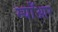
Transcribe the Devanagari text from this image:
म्याँआर